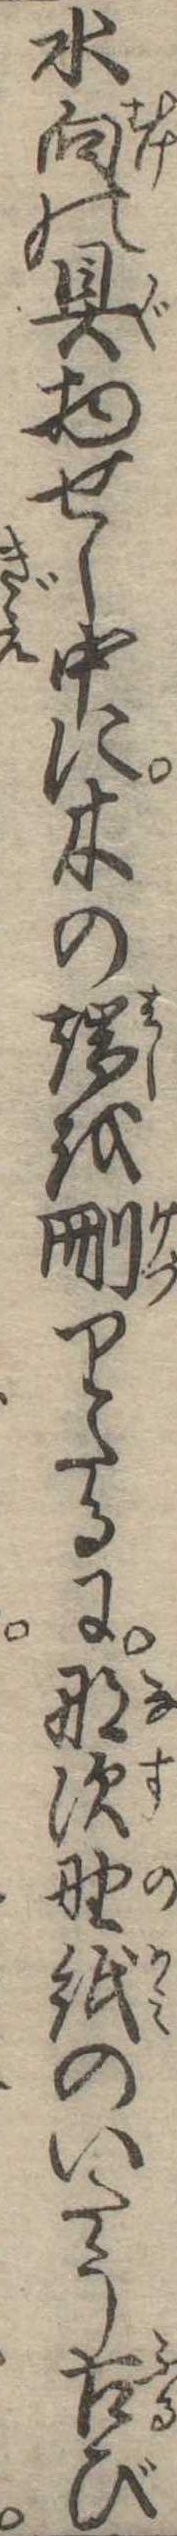
水向の具物せし中に木の端を刪りたるに那須野紙のいたう古び